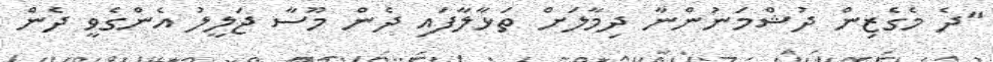
"ދެ މެގެޒިން ދުޝްމަނުންނާ ދިމާލަށް ތަޅާލާފައި ދެން މޫސާ ޖަލީލު އެންގެވީ ދެން